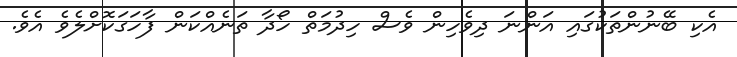
އެކި ބޭނުންތަކުގައި އަންނަ ދިވެހިން ވެސް ހިދުމަތް ހޯދާ ތަނެއްކަން ފާހަގަކޮށްލެވެ އެވެ.